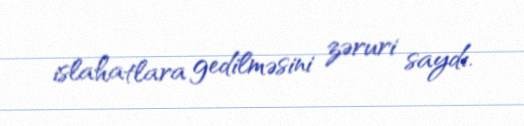
islahatlara gedilməsini zəruri saydı.